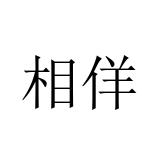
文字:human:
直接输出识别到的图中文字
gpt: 相佯